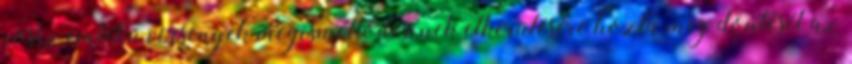
rossz emlékű versenyek megismétlődésének elkerülésére hozta meg döntését az